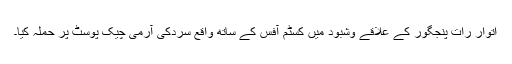
اتوار رات پنجگور کے علاقے وشبود میں کسٹم آفس کے ساتھ واقع سردکی آرمی چیک پوسٹ پر حملہ کیا۔